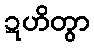
ဍဟိတွာ